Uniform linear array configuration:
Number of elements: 4
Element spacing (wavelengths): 0.25
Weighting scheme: hamming
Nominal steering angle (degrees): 30
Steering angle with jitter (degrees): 29.421
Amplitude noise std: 0.05
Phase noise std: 0.05

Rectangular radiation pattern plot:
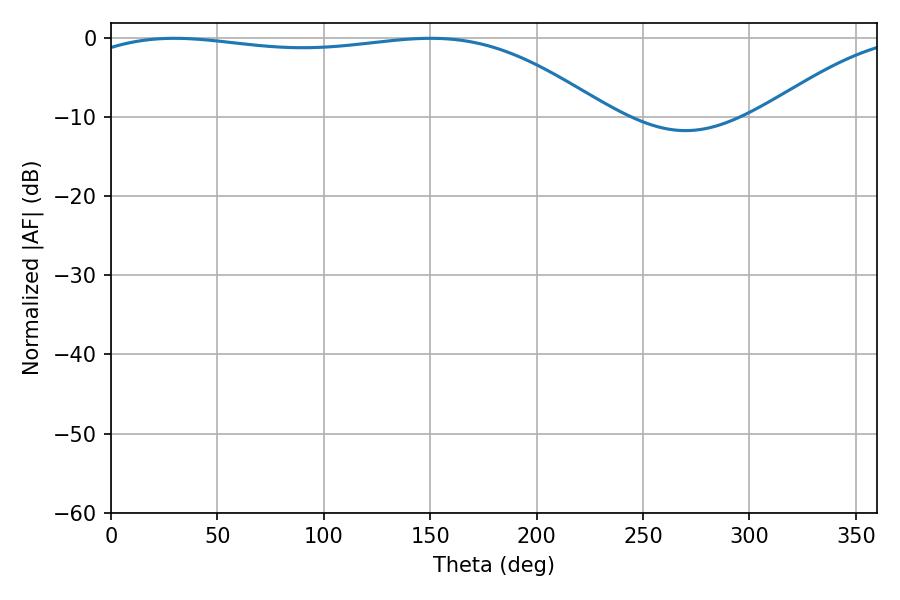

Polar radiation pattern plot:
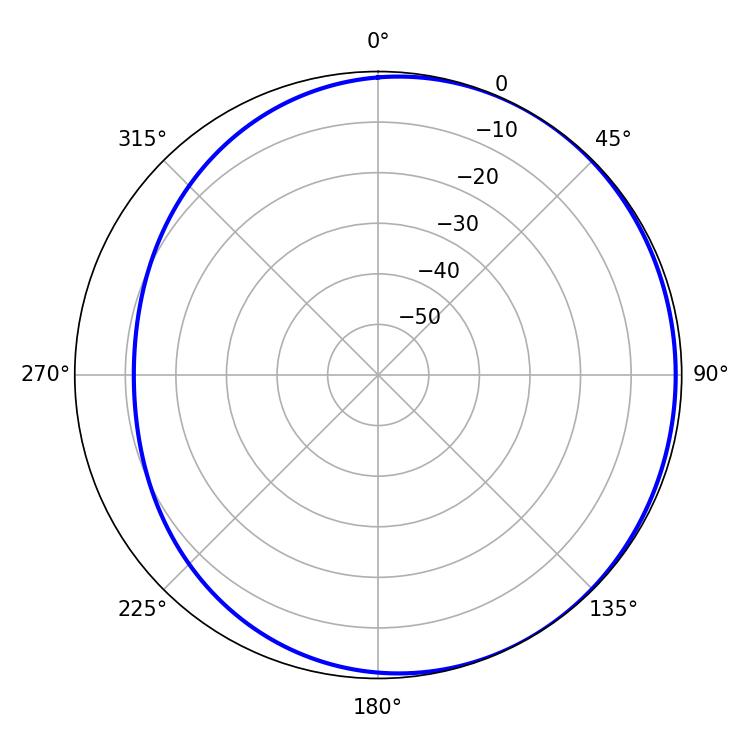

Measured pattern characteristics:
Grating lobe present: FALSE
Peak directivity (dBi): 1.581
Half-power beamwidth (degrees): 197.28
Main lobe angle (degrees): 29.7